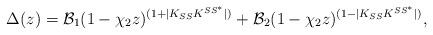
LaTeX: \begin{align*}\Delta(z)={\cal B}_1(1-\chi_2z)^{(1+|K_{SS}K^{SS^*}|)}+{\cal B}_2(1-\chi_2z)^{(1-|K_{SS}K^{SS^*}|)} ,\end{align*}